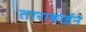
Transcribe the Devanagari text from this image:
ताराबाईने